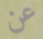
عن